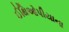
ઈથિઓપીયાના